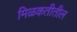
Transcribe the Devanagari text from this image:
मिळकतीतील